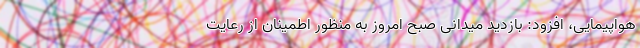
هواپیمایی، افزود: بازدید میدانی صبح امروز به منظور اطمینان از رعایت